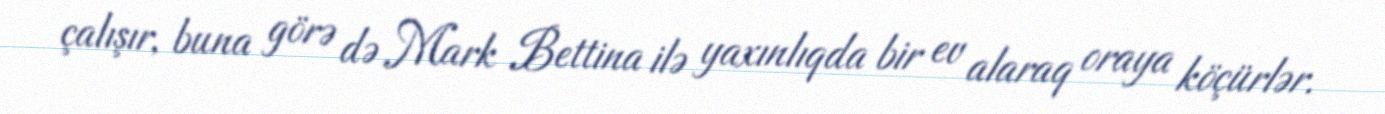
çalışır, buna görə də Mark Bettina ilə yaxınlıqda bir ev alaraq oraya köçürlər.